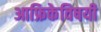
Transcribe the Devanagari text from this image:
आफ्रिकेविषयी